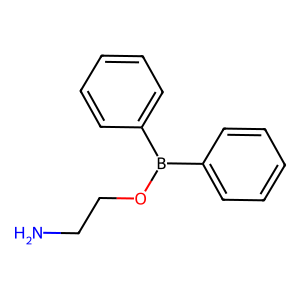
SMILES: NCCOB(c1ccccc1)c1ccccc1
Inhibits HIV replication: No